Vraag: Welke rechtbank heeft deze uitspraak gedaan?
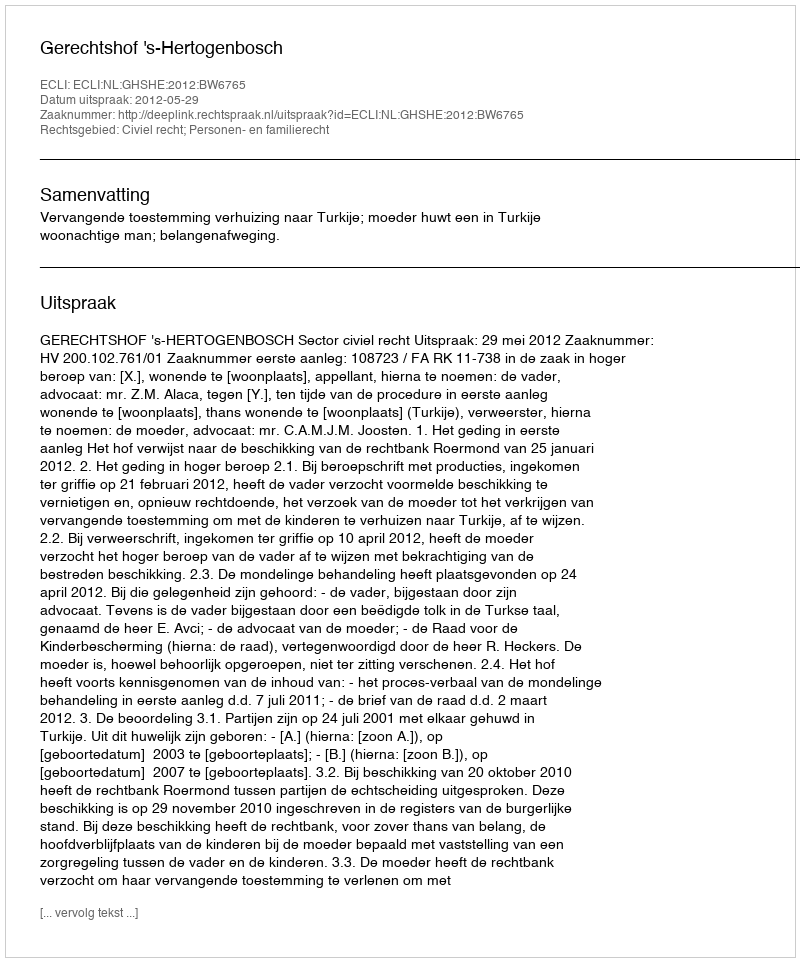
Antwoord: Gerechtshof 's-Hertogenbosch